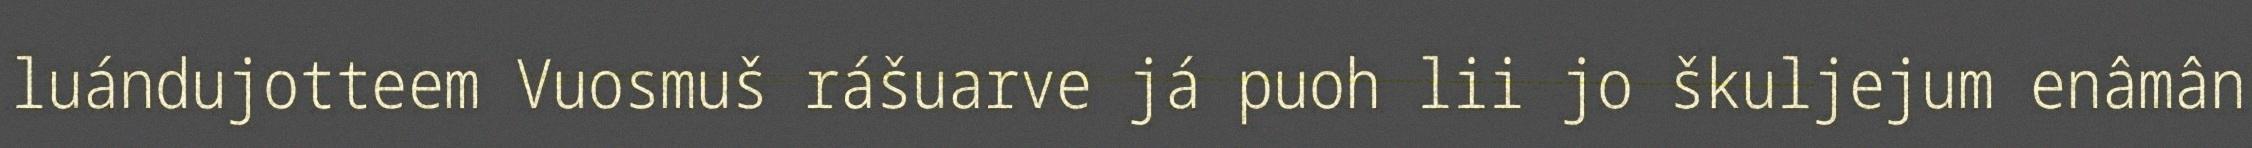
luándujotteem Vuosmuš rášuarve já puoh lii jo škuljejum enâmân